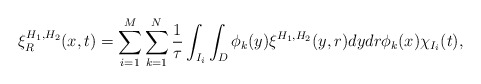
\begin{align*}\xi^{H_{1},H_{2}}_{R}(x,t)=\sum_{i=1}^{M}\sum_{k=1}^{N}\frac{1}{\tau}\int_{I_{i}}\int_{D}\phi_{k}(y)\xi^{H_{1},H_{2}}(y,r)dydr\phi_{k}(x)\chi_{I_{i}}(t),\end{align*}